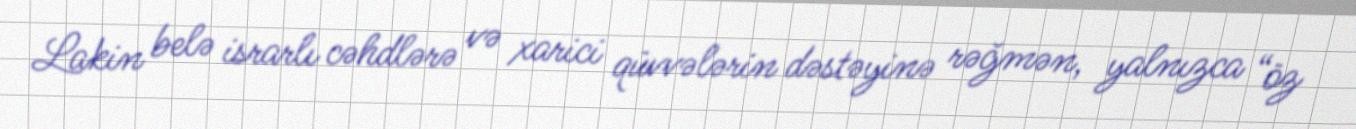
Lakin belə israrlı cəhdlərə və xarici qüvvələrin dəstəyinə rəğmən, yalnızca “öz